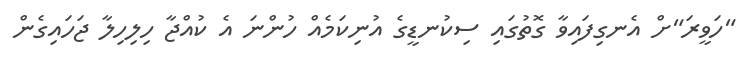
"ހަވީރަ"ށް އެނގިފައިވާ ގޮތުގައި ސިކުނޑީގެ އުނިކަމެއް ހުންނަ އެ ކުއްޖާ ހިލިހިލާ ޖަހައިގެން